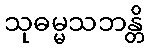
သုဓမ္မသဘန္တိ